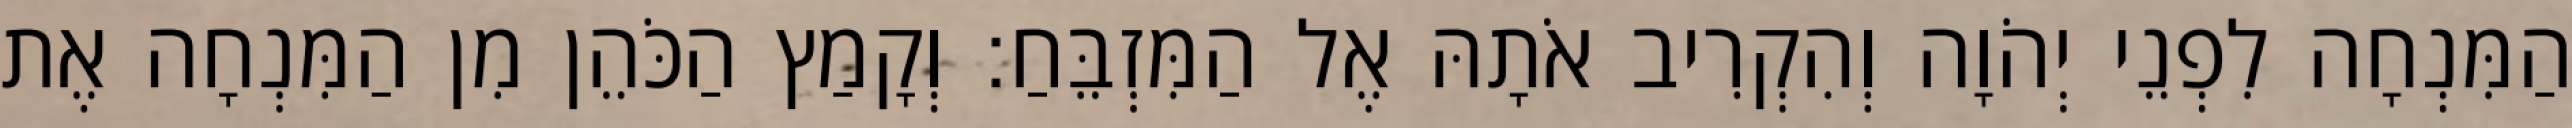
הַמִּנְחָה לִפְנֵי יְהֹוָה וְהִקְרִיב אֹתָהּ אֶל הַמִּזְבֵּחַ׃ וְקָמַץ הַכֹּהֵן מִן הַמִּנְחָה אֶת